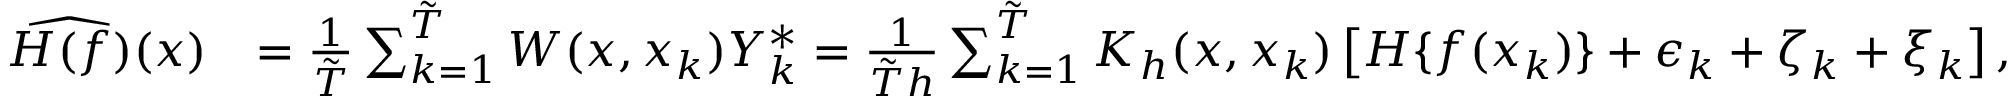
\begin{array} { r l } { \widehat { H ( f ) } ( x ) } & { = \frac { 1 } { \tilde { T } } \sum _ { k = 1 } ^ { \tilde { T } } W ( x , x _ { k } ) Y _ { k } ^ { * } = \frac { 1 } { \tilde { T } h } \sum _ { k = 1 } ^ { \tilde { T } } K _ { h } ( x , x _ { k } ) \left[ H \{ f ( x _ { k } ) \} + \epsilon _ { k } + \zeta _ { k } + \xi _ { k } \right] , } \end{array}